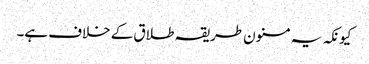
کیونکہ یہ مسنون طریقہ طلاق کے خلاف ہے۔